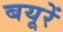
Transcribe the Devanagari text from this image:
बयूरें